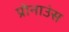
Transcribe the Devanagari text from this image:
प्रोनाउंस